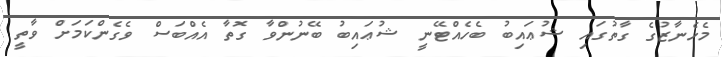
މެހެނާޒުގެ ގާތުގައި ޝުޢައިބު ބެހެއްޓޭނީ ޝުޢައިބު ބޭނުންވާ ގޮތާ އެއްބަސް ވެގެންކަމަށް ވާތީ